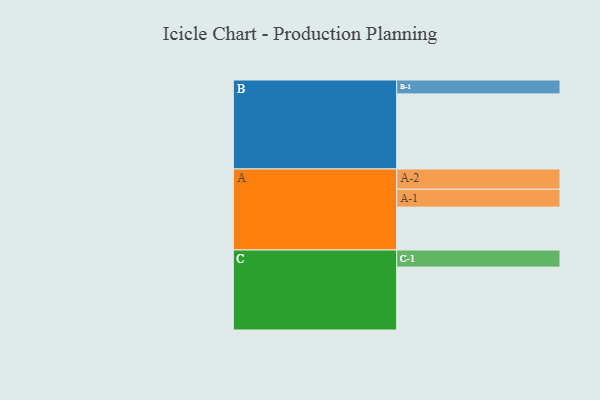
{"axis": {"x": "Segment", "y": "Value"}, "legend": ["", "A", "B", "C"], "data": [{"x": "A", "y": 324, "type": ""}, {"x": "B", "y": 567, "type": ""}, {"x": "C", "y": 475, "type": ""}, {"x": "A-1", "y": 135, "type": "A"}, {"x": "A-2", "y": 153, "type": "A"}, {"x": "B-1", "y": 105, "type": "B"}, {"x": "C-1", "y": 129, "type": "C"}]}